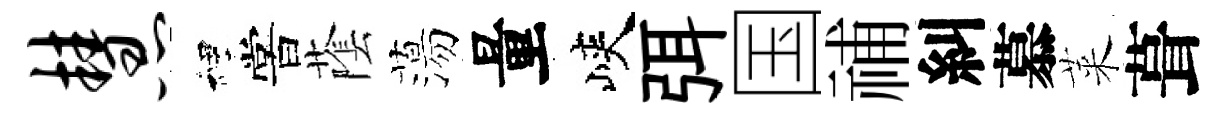
慧裡嘗䕃蕩量峽弭国𥙷糾慕萊葺